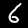
Label: 6